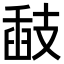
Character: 𢻗